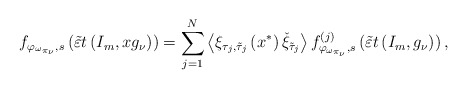
\begin{align*}f_{\varphi_{\omega_{\pi_{\nu}}},s}\left(\tilde{\varepsilon} t\left(I_m,xg_\nu\right)\right)=\sum_{j=1}^{N}\left<\xi_{\tau_{j},\tilde{\tau}_{j}}\left(x^*\right)\check{\xi}_{\tilde{\tau}_{j}}\right>f^{(j)}_{\varphi_{\omega_{\pi_{\nu}}},s}\left(\tilde{\varepsilon} t\left(I_m,g_\nu\right)\right),\end{align*}